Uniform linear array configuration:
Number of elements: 32
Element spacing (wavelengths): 0.25
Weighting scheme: binomial
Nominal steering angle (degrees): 30
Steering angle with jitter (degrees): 31.564
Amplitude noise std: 0.05
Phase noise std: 0.05

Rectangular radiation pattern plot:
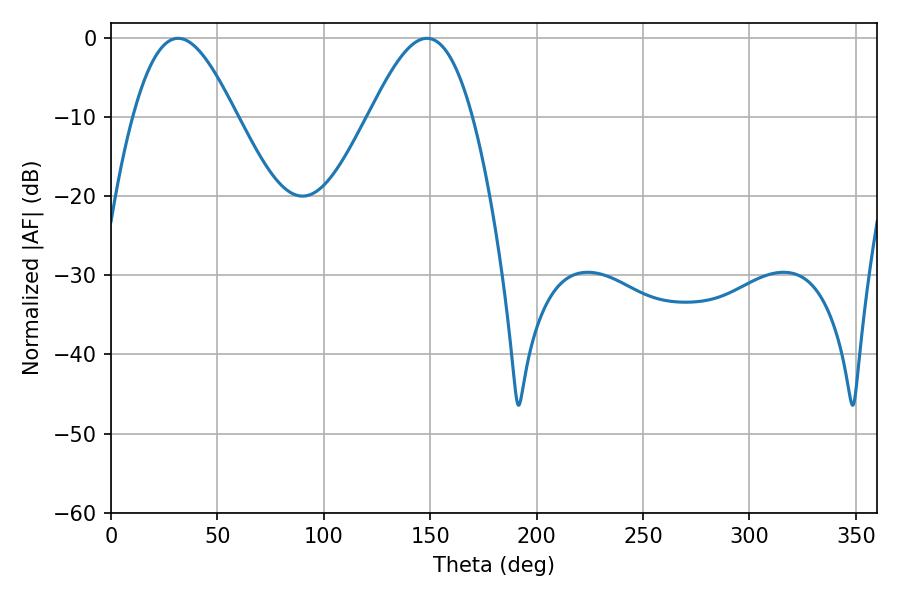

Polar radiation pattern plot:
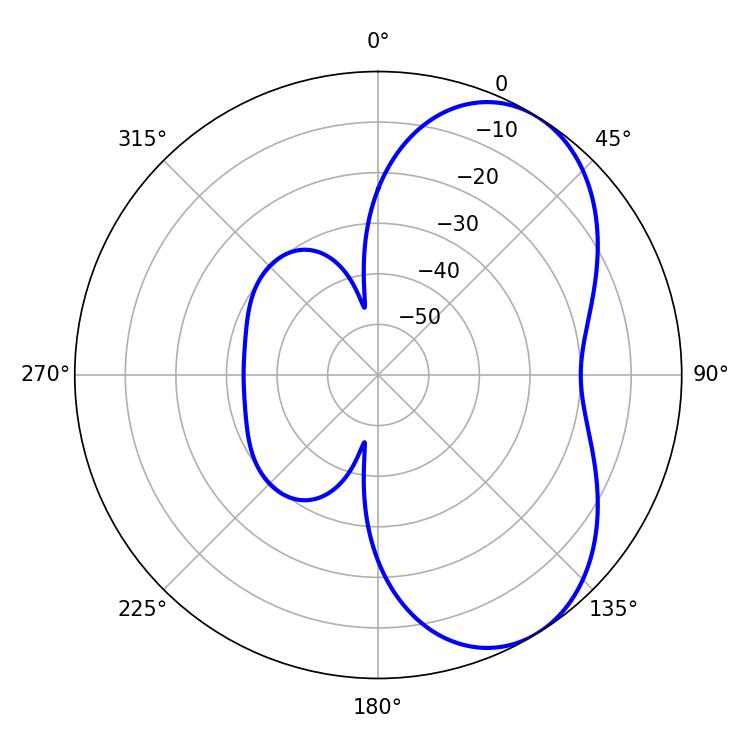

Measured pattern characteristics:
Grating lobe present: FALSE
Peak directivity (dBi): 5.626
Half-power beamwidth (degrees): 26.1
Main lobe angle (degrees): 31.5